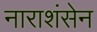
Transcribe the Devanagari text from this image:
नाराशंसेन